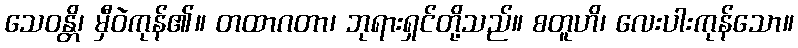
သေဝန္တိ၊ မှီဝဲကုန်၏။ တထာဂတာ၊ ဘုရားရှင်တို့သည်။ စတူဟိ၊ လေးပါးကုန်သော။